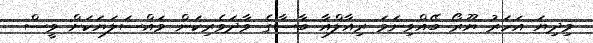
މިދިޔަ އަހަރު ޔޫރޯ ބޭއްވިނަމަ ރިއާލްއާ ބާސާގެ ވާދަވެރިކަން މައްސަލަޔަކަށް ވީސް